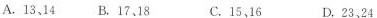
A.13、14 B.17、18 C.15、16 D.23、24